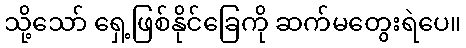
သို့သော် ရှေ့ဖြစ်နိုင်ခြေကို ဆက်မတွေးရဲပေ။